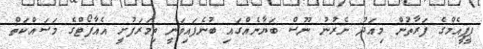
ޕީޕީއެމްގެ ފަރާތުން މިއަދު ނެރުނު ނޫސް ބަޔާނެއްގައި ބުނެފައިވަނީ ތިމަރަފުށީ އެއާޕޯޓްގެ މަސައްކަތް